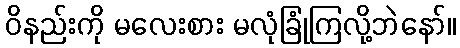
ဝိနည်းကို မလေးစား မလုံခြုံကြလို့ဘဲနော်။